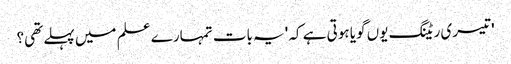
' تیسری ریٹنگ یوں گویا ہوتی ہے کہ 'یہ بات تمہارے علم میں پہلے تھی؟